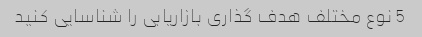
5 نوع مختلف هدف گذاری بازاریابی را شناسایی کنید